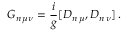
G _ { n \, \mu \nu } = \frac { i } { g } [ D _ { n \, \mu } , D _ { n \, \nu } ] \, .